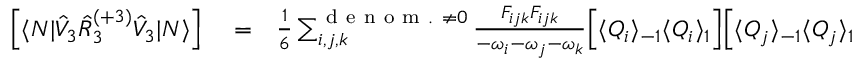
\begin{array} { r l r } { \left[ \langle N | \hat { V } _ { 3 } \hat { R } _ { 3 } ^ { ( + 3 ) } \hat { V } _ { 3 } | N \rangle \right] } & { { } = } & { \frac { 1 } { 6 } \sum _ { i , j , k } ^ { { \mathrm { ~ d ~ e ~ n ~ o ~ m ~ . ~ } \neq 0 } } \frac { { F } _ { i j k } { F } _ { i j k } } { - \omega _ { i } - \omega _ { j } - \omega _ { k } } \Big [ \langle Q _ { i } \rangle _ { - 1 } \langle Q _ { i } \rangle _ { 1 } \Big ] \Big [ \langle Q _ { j } \rangle _ { - 1 } \langle Q _ { j } \rangle _ { 1 } \Big ] \Big [ \langle Q _ { k } \rangle _ { - 1 } \langle Q _ { k } \rangle _ { 1 } \Big ] } \end{array}